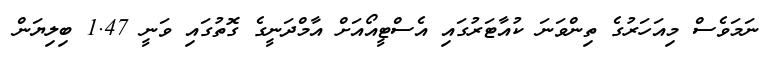
ނަމަވެސް މިއަހަރުގެ ތިންވަނަ ކުއާޓަރުގައި އެސްޓީއޯއަށް އާމްދަނީގެ ގޮތުގައި ވަނީ 1.47 ބިލިޔަން